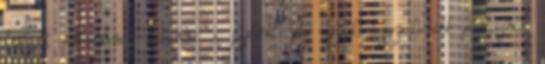
túlzott hőhatásnak kitenni a fejbőrt. Az egyik leggyakoribb panasznak